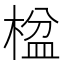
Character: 𬃠